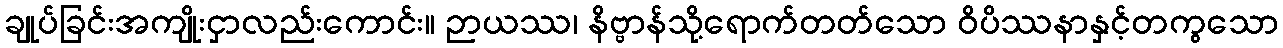
ချုပ်ခြင်းအကျိုးငှာလည်းကောင်း။ ဉာယဿ၊ နိဗ္ဗာန်သို့ရောက်တတ်သော ဝိပိဿနာနှင့်တကွသော